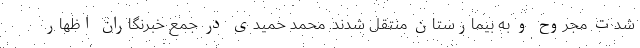
شدت مجروح و به بیمارستان منتقل شدند. محمد حمیدی در جمع خبرنگاران اظهار